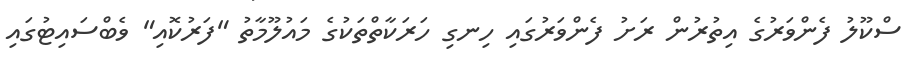
ސްކޫލު ފެންވަރުގެ އިތުރުން ރަށު ފެންވަރުގައި ހިނގި ހަރަކާތްތަކުގެ މައުލޫމާތު "ފަރުކޮއި" ވެބްސައިޓުގައި